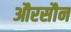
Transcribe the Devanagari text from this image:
औरसौन